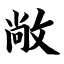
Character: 敞